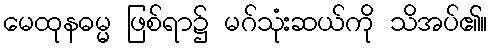
မေထုနဓမ္မ ဖြစ်ရာ၌ မဂ်သုံးဆယ်ကို သိအပ်၏။